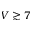
V \gtrsim 7